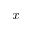
x